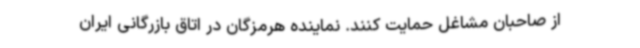
از صاحبان مشاغل حمایت کنند. نماینده هرمزگان در اتاق بازرگانی ایران